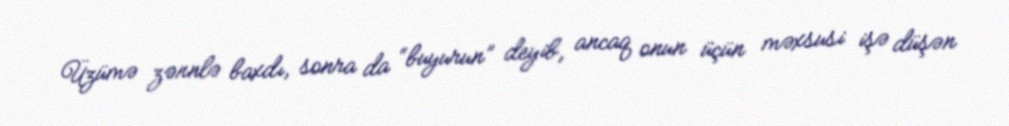
Üzümə zənnlə baxdı, sonra da “buyurun” deyib, ancaq onun üçün məxsusi işə düşən